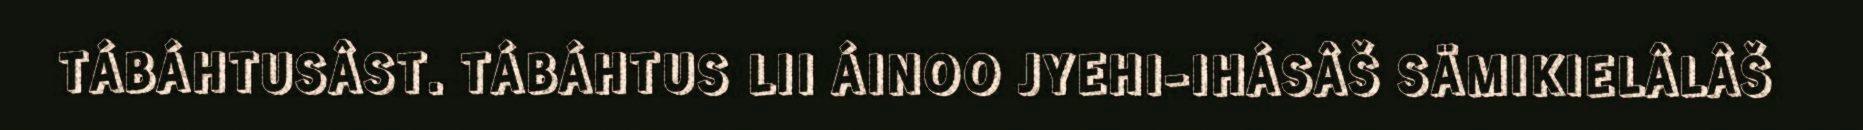
TÁBÁHTUSÂST. TÁBÁHTUS LII ÁINOO JYEHI-IHÁSÂŠ SÄMIKIELÂLÂŠ